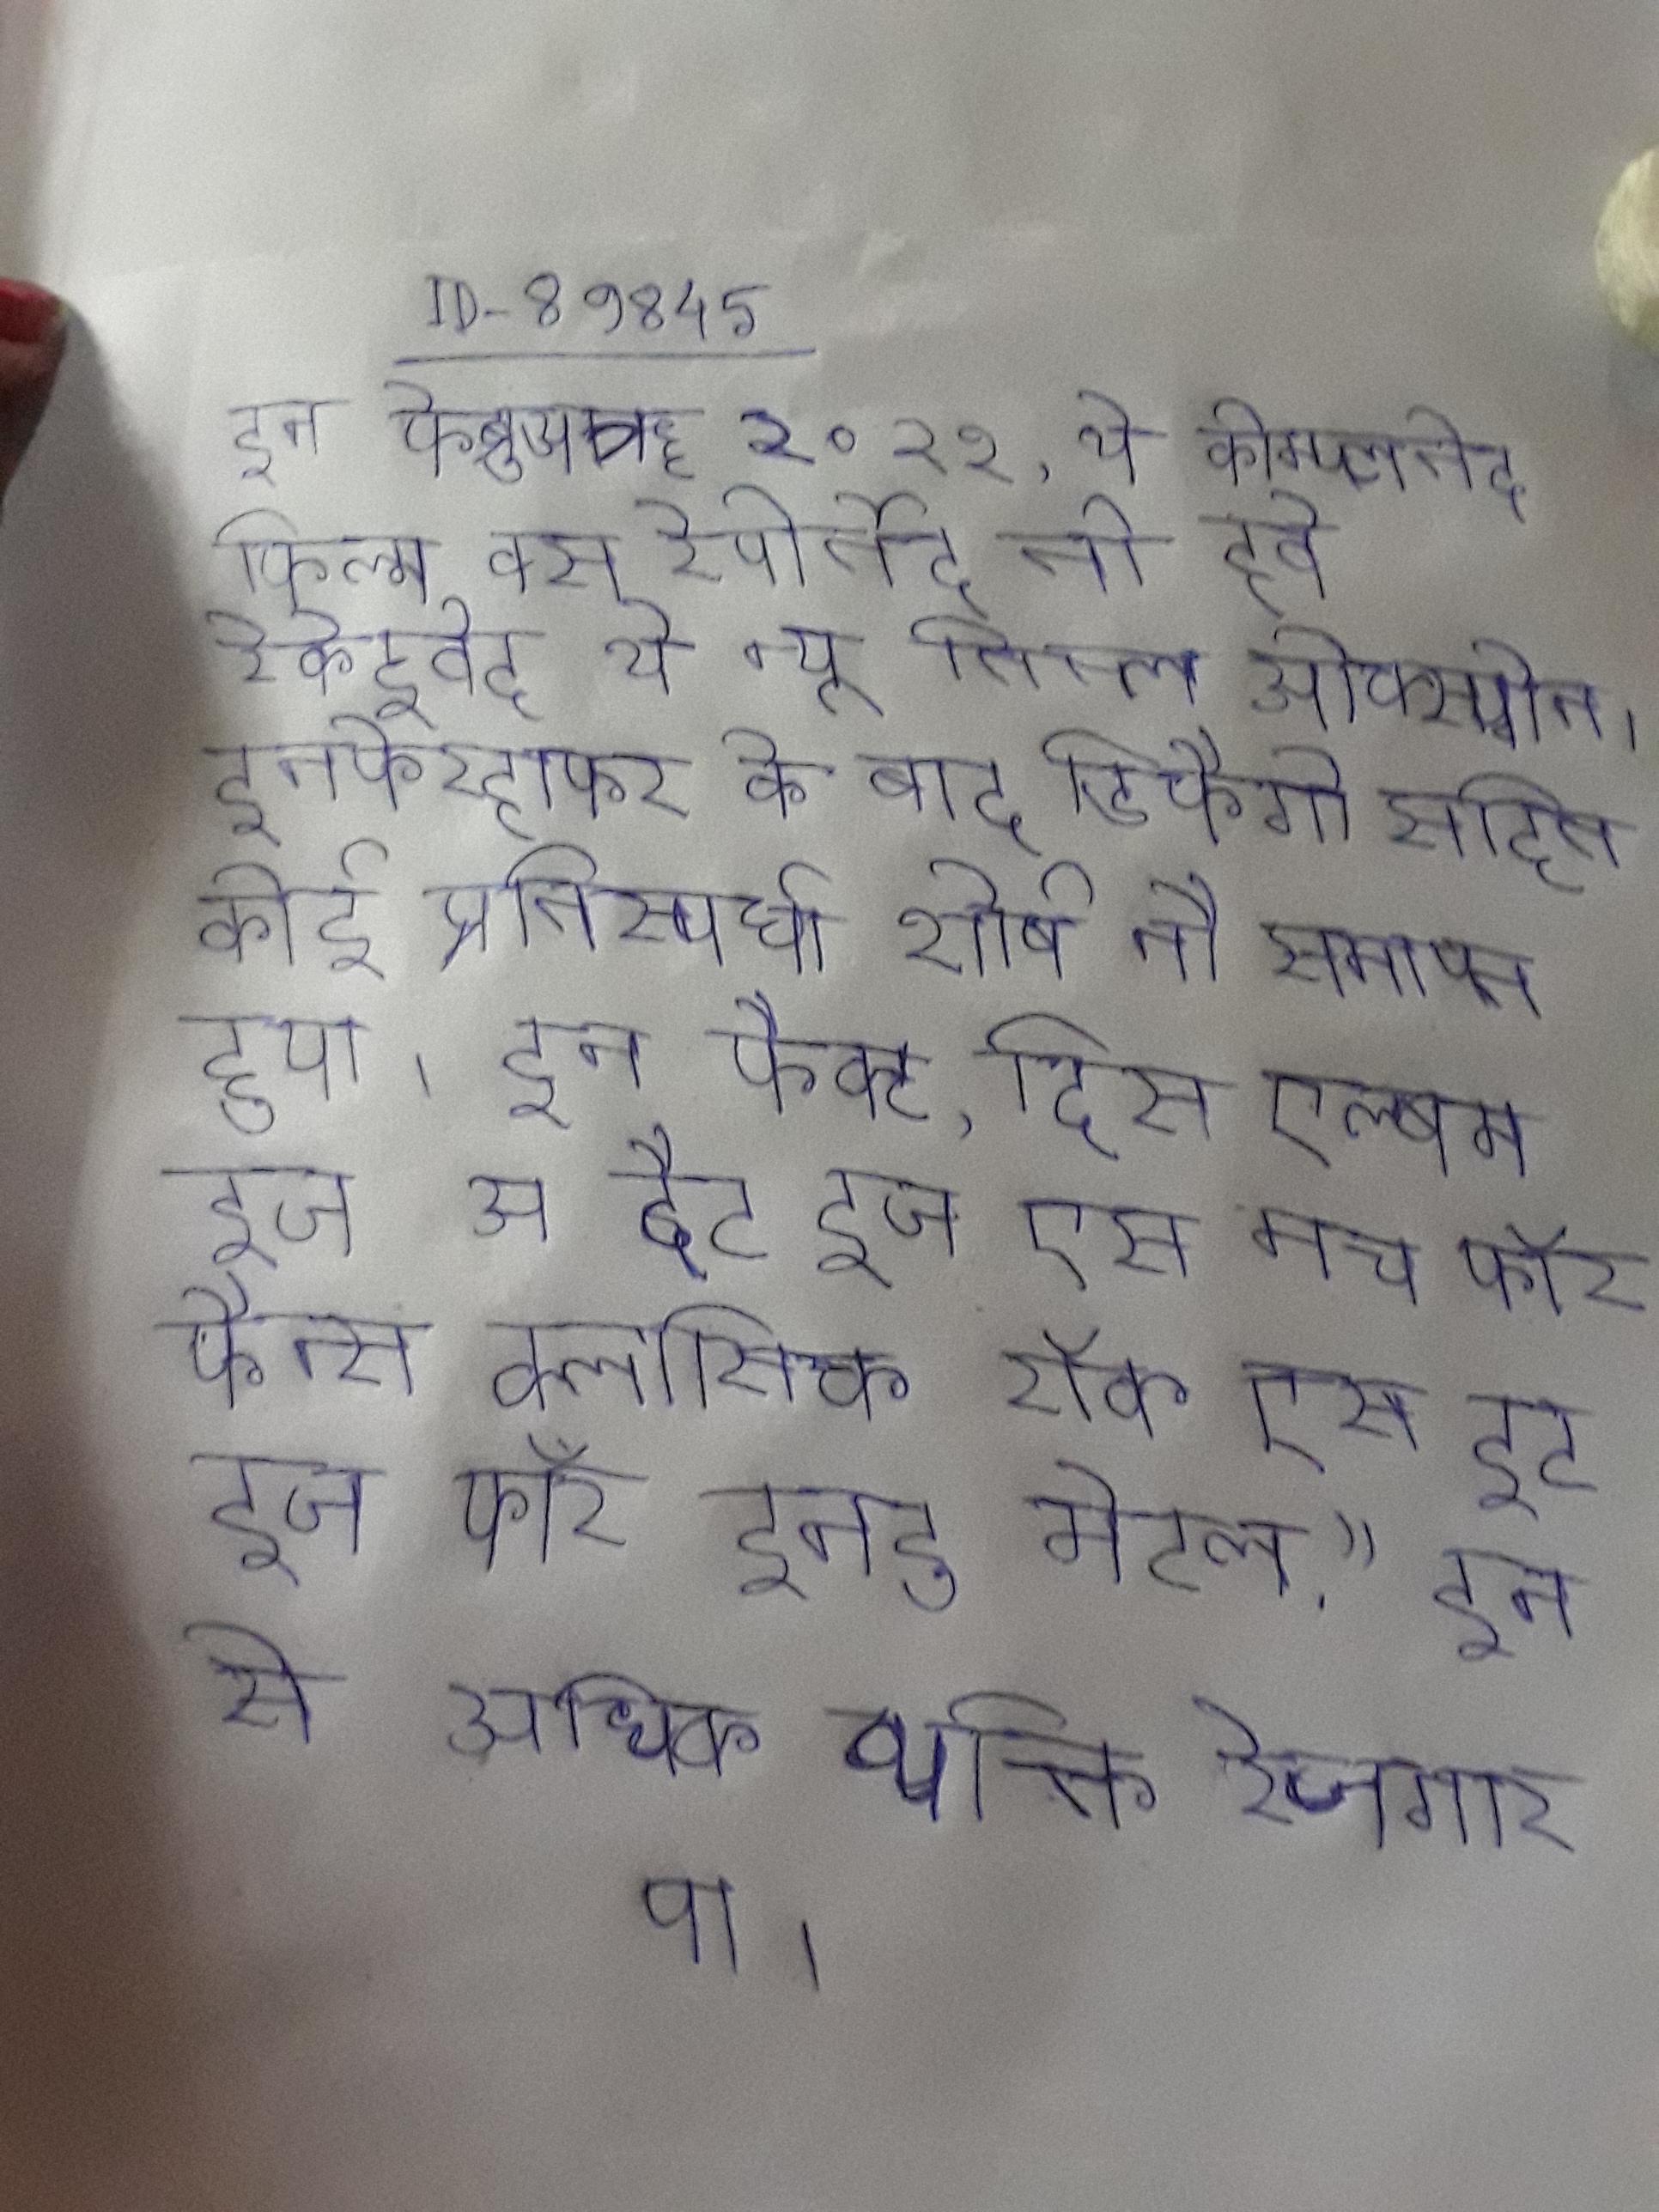
इन फेब्रुअॠ २०२१, थे कोम्प्लेतेद फिल्म वस रेपोर्तेद तो हवे रेकेइवेद थे न्यू तित्ले ओक्स्य्गेन । इनफेरहाफर के बाद डिफैगो सहित कोई प्रतिस्पर्धा शीर्ष नौ समाप्त हुआ । इन फैक्ट, दिस एल्बम इज अ दैट इज एस मच फॉर फैन्स क्लासिक रॉक एस इट इज फॉर इनटू मेटल." इन से अधिक व्यक्ति रोजगार पा ।